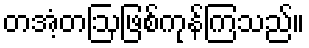
တအံ့တဩဖြစ်ကုန်ကြသည်။